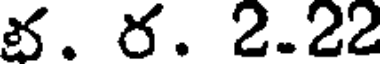
భ. ర. 2.22